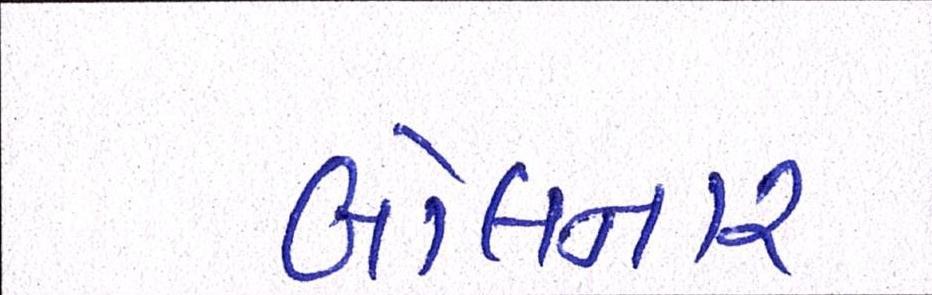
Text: બોલનાર